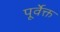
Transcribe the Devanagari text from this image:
पूर्वेक्त